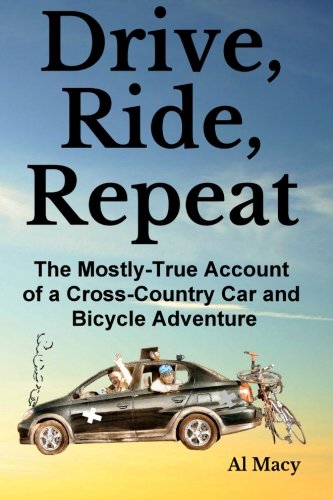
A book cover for Drive, Ride, Repeat: The Mostly-True Account of a Cross-Country Car and Bicycle Adventure; Al Macy; Romance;